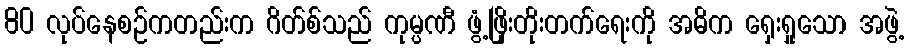
80 လုပ်နေစဉ်ကတည်းက ဂိတ်စ်သည် ကုမ္ပဏီ ဖွံ့ဖြိုးတိုးတက်ရေးကို အဓိက ရှေးရှုသော အဖွဲ့